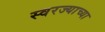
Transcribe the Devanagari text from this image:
स्वरज्याच्या